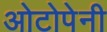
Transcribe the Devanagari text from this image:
ओटोपेनी